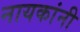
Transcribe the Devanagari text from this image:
नायकांनी